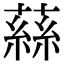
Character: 蕬